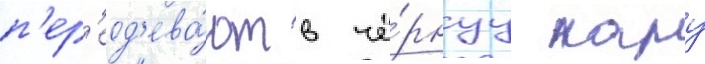
п'ер'еод'ева́ют в чё́рнуу пару